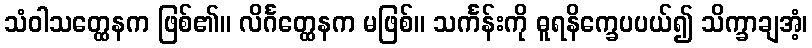
သံဝါသတ္ထေနက ဖြစ်၏။ လိင်္ဂတ္ထေနက မဖြစ်။ သင်္ကန်းကို ဓူရနိက္ခေပပယ်၍ သိက္ခာချအံ့၊